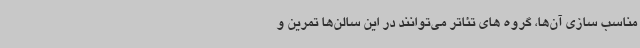
مناسب سازی آن‌ها، گروه های تئاتر می‌توانند در این سالن‌ها تمرین و